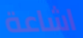
اشاعة